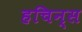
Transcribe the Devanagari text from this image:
हचिन्स